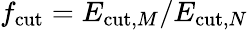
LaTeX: f_{\mathrm{cut}}=E_{\mathrm{cut},M}/E_{\mathrm{cut},N}